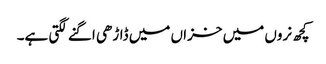
کچھ نروں میں خزاں میں ڈاڑھی اگنے لگتی ہے۔